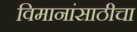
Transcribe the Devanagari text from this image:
विमानांसाठीचा